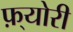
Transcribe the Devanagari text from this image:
फ़्योरी